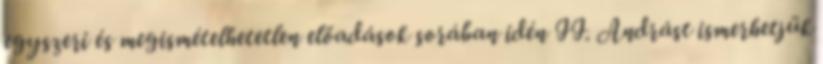
egyszeri és megismételhetetlen előadások sorában idén II. Andrást ismerhetjük